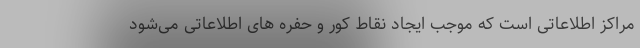
مراکز اطلاعاتی است که موجب ایجاد نقاط کور و حفره های اطلاعاتی می‌شود